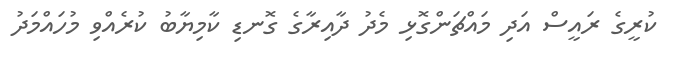
ކުރީގެ ރައީސް އަދި މައްޗަންގޮޅި މެދު ދާއިރާގެ ގޮނޑި ކާމިޔާބު ކުރެއްވި މުހައްމަދު